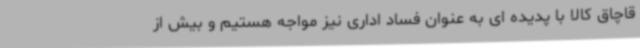
قاچاق کالا با پدیده ای به عنوان فساد اداری نیز مواجه هستیم و بیش از